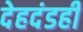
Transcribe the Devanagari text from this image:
देहदंडही